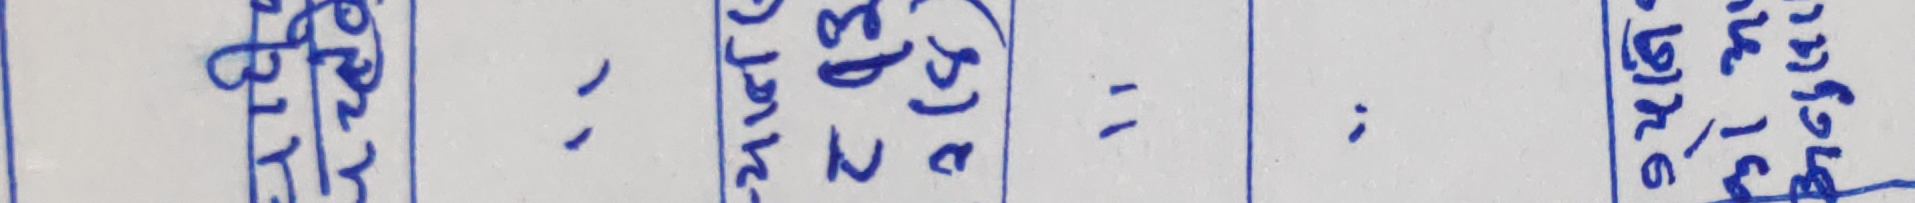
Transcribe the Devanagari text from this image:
श्री मालिक .. ज मा ३८ ” . ९५६ ग्रे १३ ७५